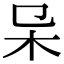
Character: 𣎿